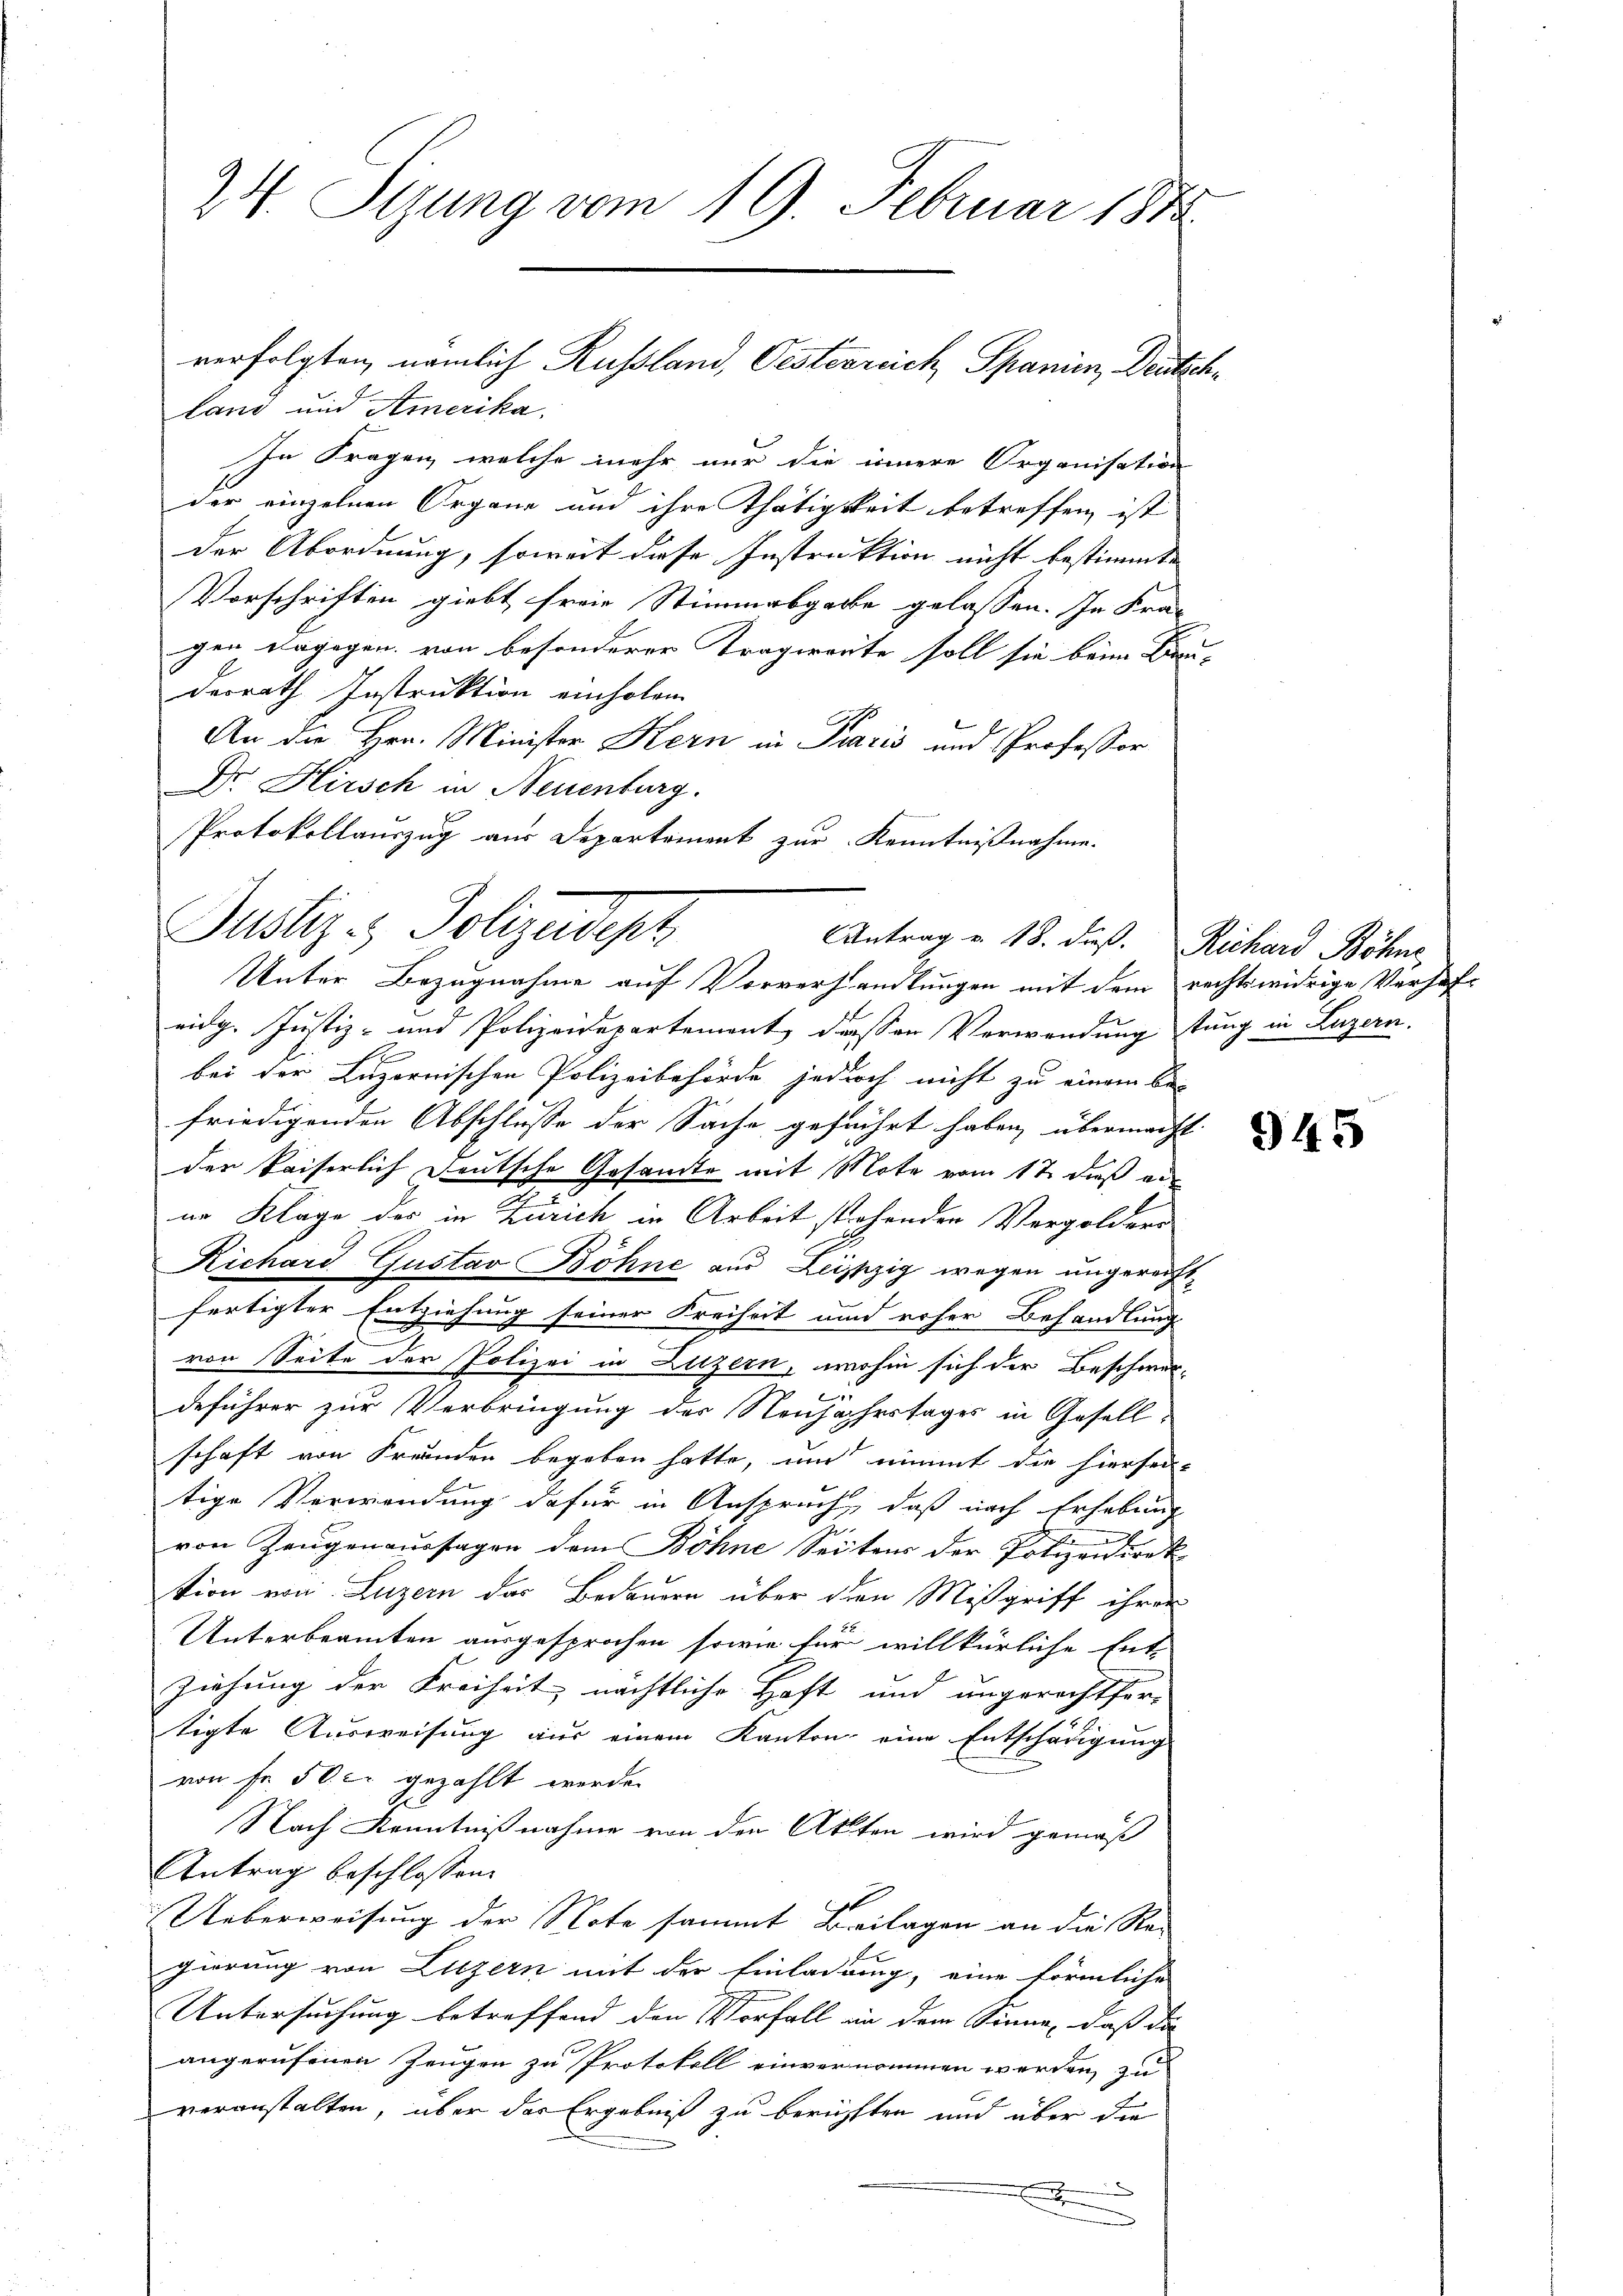
land und Amerika.
In Fragen, welche mehr nur die innere Organisation
der einzelnen Organe und ihre Thätigkeit betreffen, ist
der Abordnung, soweit diese Instruktion nicht bestimmte
Vorschriften giebt freie Stimmesgabe gelassen. In Kra-
gen dagegen von besonderer Tragwerte soll sie beim Ben
derrath Instruktion einholen
An die Hrn. Minister Kern in Paris und Professor
Dr. Hirsch in Neuenburg.
Protokollauszug aus Departement zur Kenntnißnahme.
Unter Bezugnahme auf Vorverhandlungen mit dem rechtswidrige Verhafeidg. Justiz- und Polizeidepartement diesen Verwendung tung in Luzern.
bei der Luzernischen Polizeibehörde jedurch nicht zu einem be-
friedigenden Abschlusse der Sache geführt haben, übermacht
der kaiserlich Deutsche Gesandte mit Mote vom 12. daß anne Kläge des in Zürich in Arbeit stehenden Vergolders
Richard Gustav Böhne aus Leipzig wegen ungereichtfertigter Entziehung seiner Freiheit und roher Behandlung
von Seite der Polizei in Luzern, wohin sich der Beschwer-
deführer zur Verbringung der Neujahrstages in Gesell-
schaft von Freunden begeben hatte, und nimmt die hiersen-
tige Verwendung dafür in Anspruch, daß nach Erhebung
von Zeugenaussagen dem Böhne Seitens der Polizeidirek
tion von Luzern das Bedauern über den Mißgriff ihrer
Unterbeamten ausgesprochen, sowie für willkürliche Ent-
Ziehung der Freiheit nächtliche Haft und angerechtfer-
tigte Ausweisung aus einem Kanton eine Entschädigung
von Fr. 50. c. gezählt werde.
Nach Kenntnißnahme von den Akten wird gemäß
Antrag beschlossen:
Ueberweisung der Note sammt Beilagen an die Re-
gierung von Luzern mit der Einladung, eine förmliche
Untersuchung betreffend den Vorfall in dem Sinne, daß da
angerufenen Zeugen zu Protokoll einvernommen werden, zu
veranstalten, über das Ergebniß zu berichten und über die
.

24. Stung vom 19. Februar 1875.

Justiz- & Polizeidept

verfolgten, nämlich Russland, Oesterreich Spanien, Deutsch¬

Antrag v. 18. dieß. Richard Böhne,

945